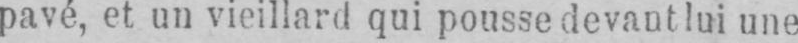
pavé, et un vieillard qui pousse devant lui une